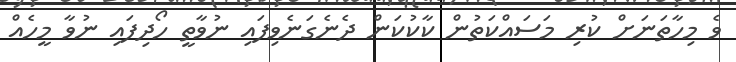
ވެ މިހާތަނަށް ކުރި މަސައްކަތުން ކާކުކަން ދެނެގަނެވިފައި ނުވާތީ ހޯދިފައި ނުވާ މީހެއް